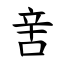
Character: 㖖